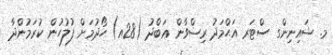
މ. ޝައިނިންގ ސްޓަރ އަޙްމަދު ރިޟްވާން ޢަބްދު (28އ) ހޯދުމަށް ފުލުހުން ކުރަމުންދާ